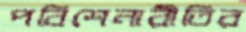
পবিশেনারীতির